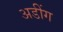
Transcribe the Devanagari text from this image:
अडींग